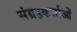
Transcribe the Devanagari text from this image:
संग्रहकर्त्ताओं